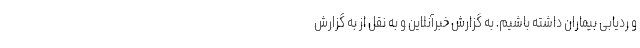
و ردیابی بیماران داشته باشیم. به گزارش خبرآنلاین و به نقل از به گزارش